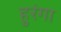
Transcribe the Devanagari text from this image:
हुरंगा